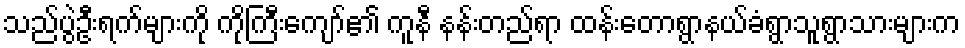
သည်ပွဲဦးရက်များကို ကိုကြီးကျော်၏ ကူနီ နန်းတည်ရာ ထန်းတောရွာနယ်ခံရွာသူရွာသားများက